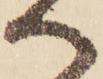
へ